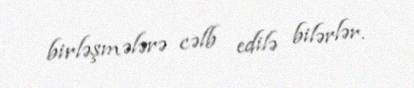
birləşmələrə cəlb edilə bilərlər.